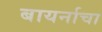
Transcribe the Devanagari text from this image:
बायर्नाचा